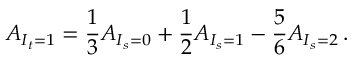
A _ { I _ { t } = 1 } = { \frac { 1 } { 3 } } A _ { I _ { s } = 0 } + { \frac { 1 } { 2 } } A _ { I _ { s } = 1 } - { \frac { 5 } { 6 } } A _ { I _ { s } = 2 } \, .